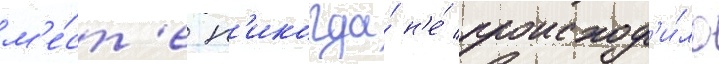
м'е́ст'е н'икогда́ н'е́ происход'и́ло